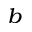
^ b